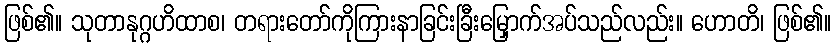
ဖြစ်၏။ သုတာနုဂ္ဂဟိထာစ၊ တရားတော်ကိုကြားနာခြင်းခြီးမြှောက်အပ်သည်လည်း။ ဟောတိ၊ ဖြစ်၏။